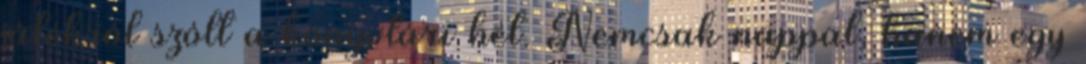
játékról szólt a könyvtári hét. Nemcsak nappal, hanem egy